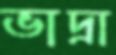
ভাদ্রা